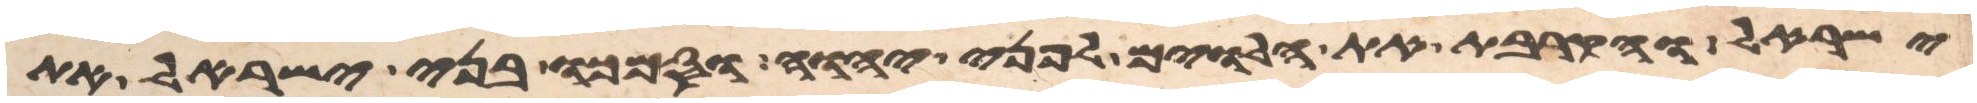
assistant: ישראל והקרבת את הלוים לפני יהוה וסמכו בני ישראל את